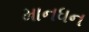
માનધન